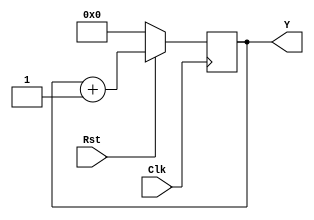
module counter_4bit (
    output reg[3:0] Y=4'h0,
    input Clk,Rst
);
    always @(posedge Clk) begin
        if (!Rst) begin
            Y=4'h0;
        end
        else begin
            Y=Y+4'h1;
        end
    end
endmodule